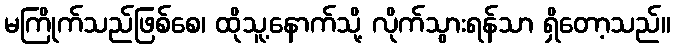
မကြိုက်သည်ဖြစ်စေ၊ ထိုသူ့နောက်သို့ လိုက်သွားရန်သာ ရှိတော့သည်။